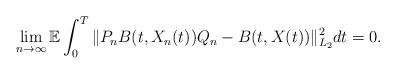
LaTeX: \begin{align*}\lim_{n\rightarrow\infty}\mathbb{E}\int_0^{T} \Vert P_n B(t,X_n(t))Q_n - B(t, X(t)) \Vert_{L_2}^2 dt = 0 .\end{align*}